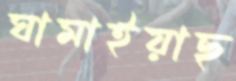
ঘামাইয়াছ